Report on vaccination in Madras 1922-1929 - 1922-1929
Year: 1922
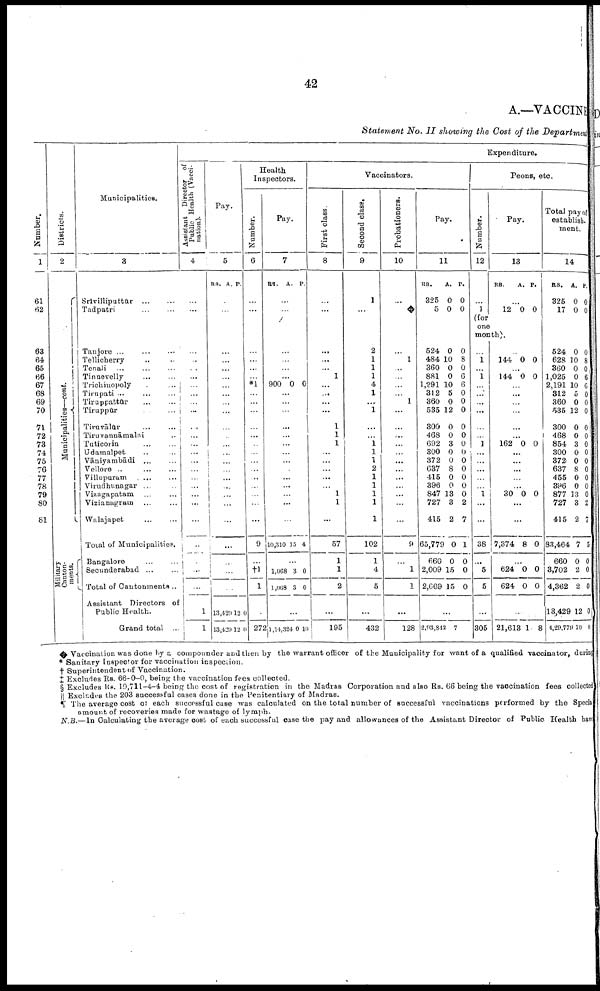
42
A.—VACCINE
Statement No. II showing the Cost of the Department
Number.
1
61
62
63
64
65
66
67
68
69
70
71
72
73
74
75
76
77
78
79
80
81
Districts.
2
Municipalities—cont.
Military
Canton
ments.
Municipalities.
3
Srivilliputtūr... ... ... ...
Tadpatri...
...
...
Tanjore...
...
...
Tellicherry... ... ...
Tenali...
...
...
Tinnevelly...
...
...
Trichinopoly... ... ...
Tirupati...
...
...
Tiruppattūr... ... ...
Tiruppūr... ... ...
Tiruvālūr... ... ...
Tiruvannāmalai... ... ...
Tuticorin...
...
...
Udamalpet... ... ...
Vāniyambādi... ... ...
Vellore...
...
...
Villapuram... ... ...
Virudhunagar... ... ...
Vizagapatam... ... ...
Vizianagram. ... ...
Walajapet...
...
...
Total of Municipalities.
Bangalore...
...
...
Secunderabad... ... ... ...
Total of Cantonments ..
Assistant Directors of
Public Health.
Grand total ...
Expenditure.
Assistant Director of
Public Health (Vacci
nation).
4
...
...
...
...
...
...
...
...
...
...
...
...
...
...
...
...
...
...
...
...
...
...
...
...
...
1
1
Pay.
5
RS.
A. P.
...
...
...
...
...
...
...
...
...
...
...
...
...
...
...
...
...
...
...
...
...
...
...
...
...
13,429
13,429
12
12
0
0
Health
Inspectors.
Number.
6
...
...
...
...
...
...
*1
...
...
...
...
...
...
...
...
...
...
...
...
...
...
9
...
†l
1
...
272
Pay.
7
RS. A. P.
...
...
...
...
...
...
900 0 0
...
...
...
...
...
...
...
...
...
...
...
...
...
...
10,310 15 4
...
1,068
1,068
3
3
0
0
...
1,14,324 0 10
Vaccinators.
First class.
8
...
...
...
...
...
1
...
...
...
...
1
1
1
...
...
...
...
...
1
1
...
57
1
1
2
...
195
Second class.
9
1
...
2
1
1
1
4
1
...
1
...
...
1
1
1
2
1
1
1
1
1
102
1
4
5
...
432
Probationers.
10
...
...
...
1
...
...
...
...
1
...
...
...
...
...
...
...
...
...
...
...
...
9
...
1
1
...
128
Pay.
11
RS.
325
5
A.
0
0
P.
0
0
524
484
360
881
1,291
312
360
585
300
468
692
300
372
637
415
396
847
727
415
65,779
660
2,009
2,669
0
10
0
0
10
5
0
12
0
0
3
0
0
8
0
0
13
3
2
0
0
15
15
0
8
0
6
6
0
0
0
0
0
0
0
0
0
0
0
0
2
7
1
0
0
0
...
2,93,842 7
Peons, etc.
Number.
12
...
1
Pay.
13
RS.
A. P.
...
12 0 0
(for
one
month).
...
1
...
1
...
...
...
...
...
...
1
...
...
...
...
...
1
...
...
38
...
5
5
...
305
...
144 0 0
...
144 0 0
...
...
...
...
...
...
162 0 0
...
...
...
...
...
30 0 0
...
...
7,374 8 0
...
624
624
0
0
0
0
...
21,613 1 8
Total pay of
establish
ment.
14
RS.
325
17
A.
0
0
P.
0
0
524
628
360
1,025
2,191
312
360
635
300
468
854
300
372
637
455
396
877
727
415
83,464
660
3,702
4,362
13,429
4,29,779
0
10
0
0
10
5
0
12
0
0
3
0
0
8
0
0
13
3
2
7
0
2
2
12
10
0
8
0
6
6
0
0
0
0
0
0
0
0
0
0
0
0
2
7
5
0
0
0
0
0
♦ Vaccination was done by a compounder and then by the warrant officer of the Municipality for want of a qualified vaccinator, during
* Sanitary Inspector for vaccination
inspection.
† Superintendent of Vaccination.
‡ Excludes Rs. 66-0-0, being the vaccination fees collected.
§ Excludes Rs. 19,711-4-4 being the cost of registration in the Madras Corporation and also Rs. 66 being the vaccination fees collected
|| Excludes the 203 successful cases done in the Penitentiary of Madras.
¶ The average cost of each successful case was calculated on the total number of successful vaccinations performed by the Special
amount of recoveries made for wastage of lymph.
N.B.—In Calculating the average cost of each successful case the pay and allowances of the Assistant Director of Public Health have